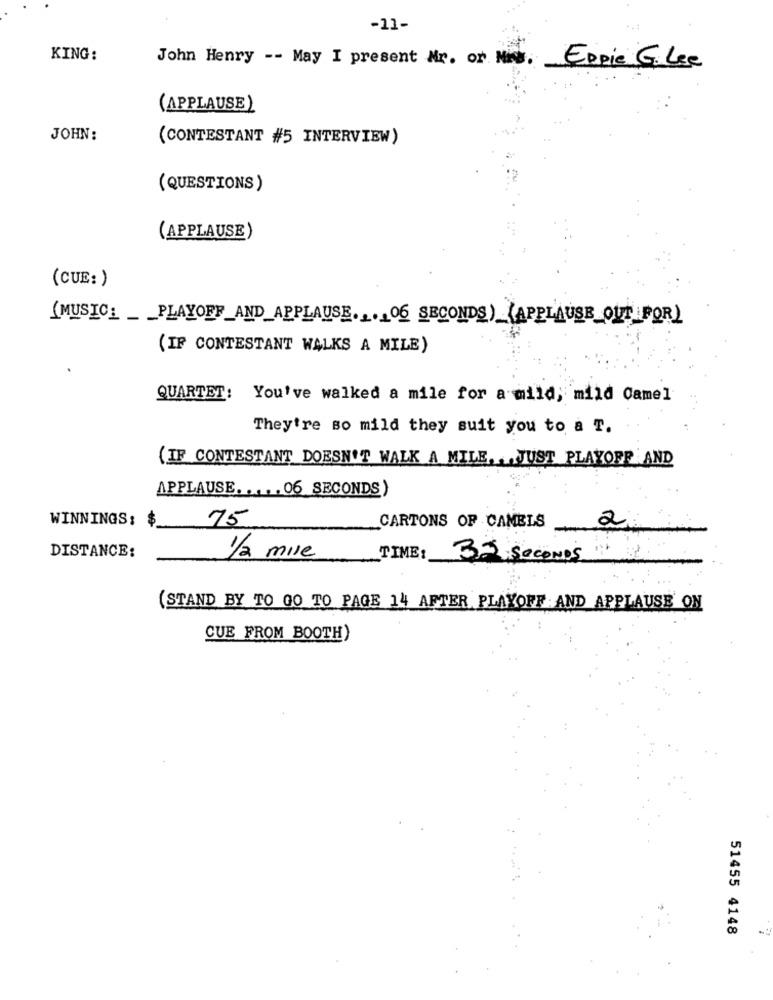
-11-
KING:
John Henry -- May I present Mr. or Mr.
Eppie G. Lee
(APPLAUSE)
JOHN:
(CONTESTANT #5 INTERVIEW)
(QUESTIONS)
(APPLAUSE)
(CUE:)
(MUSIC: _ PLAYOFF_AND_APPLAUSE.1. 06 SECONDS) (APPLAUSE OUT FOR)
(IF CONTESTANT WALKS A MILE)
QUARTET:
You've walked a mile for a mild, mild Camel
They're so mild they suit you to a T.
{IF CONTESTANT DOESN'T WALK A MILE. . JUST PLAYOFF AND
APPLAUSE ..... 06 SECONDS)
WINNINGS: $
75
2
CARTONS OF CAMELS
DISTANCE:
1/2 mile
TIME :_
3.5 SECONDS
(STAND BY TO GO TO PAGE 14 AFTER PLAYOFF AND APPLAUSE ON
CUE FROM BOOTH)
51455 4148